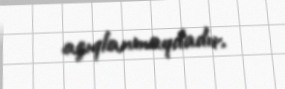
açıqlanmaqdadır.